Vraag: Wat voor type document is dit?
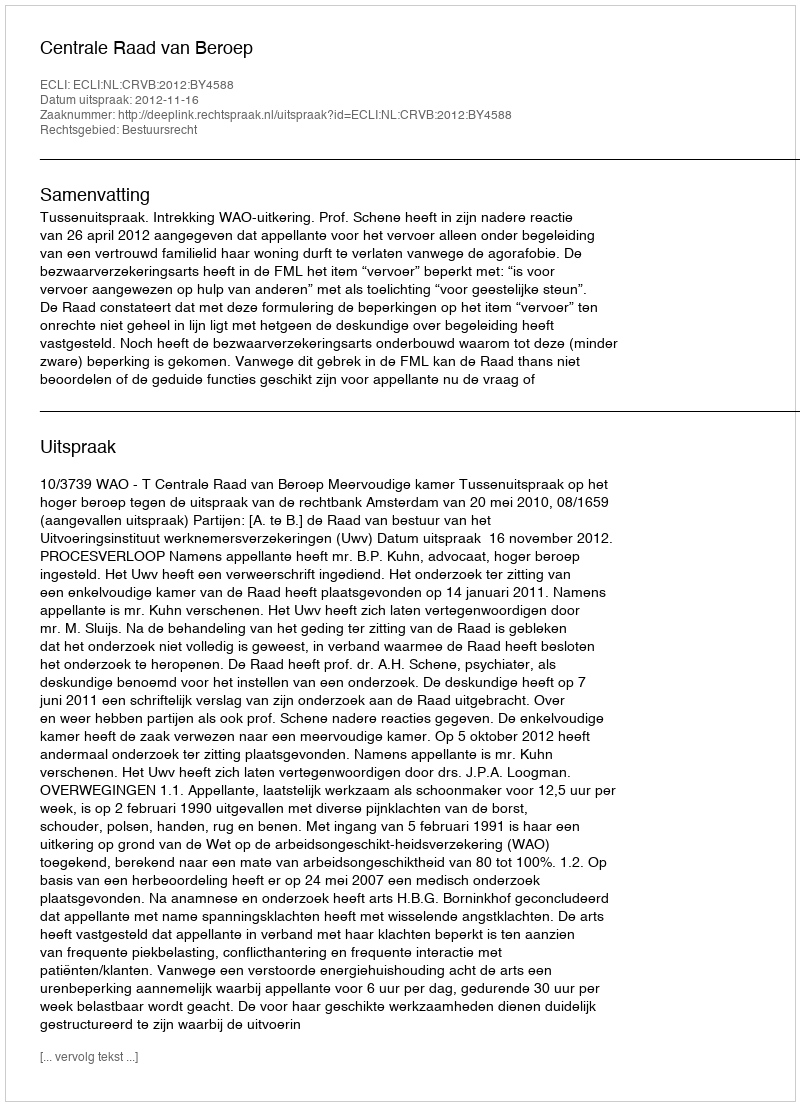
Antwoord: Uitspraak